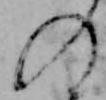
の